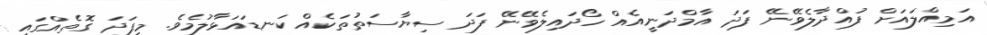
އަމިއްލައަށް ފުއްދާލެވޭނޭ ފަދަ އާމްދަނީއެއް ހޯދައިލެވޭނޭ ފަދަ ސިޔާސަތުތަކެއް ކަނޑައަޅާލުމެވެ. މިފަދަ ގޮތެއްގައި